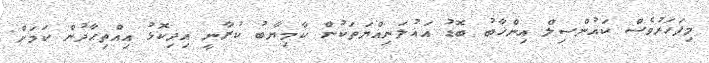
މިފަހަރުވެސް ކައުންސިލް އިންހާބު ބޮޑު އަޣުލަނިއްޔަތަކުން ކާމިޔާބު ކުރާނީ އިދިކޮޅު އިއްތިހާދުން ކަމަށް